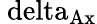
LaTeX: \mathrm{\ delta_{Ax}}